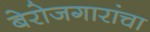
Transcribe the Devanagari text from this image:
बेरोजगारांचा